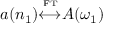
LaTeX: a ( n _ { 1 } ) { \overset { \underset { \mathrm { F T } } { } } { \longleftrightarrow } } A ( \omega _ { 1 } )